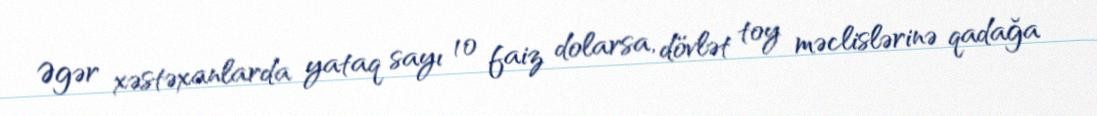
Əgər xəstəxanlarda yataq sayı 10 faiz dolarsa, dövlət toy məclislərinə qadağa